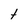
Character: t